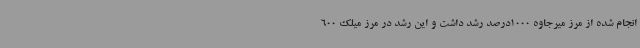
انجام شده از مرز میرجاوه 1000درصد رشد داشت و این رشد در مرز میلک 600